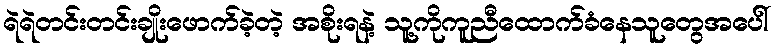
ရဲရဲတင်းတင်းချိုးဖောက်ခဲ့တဲ့ အစိုးရနဲ့ သူ့ကိုကူညီထောက်ခံနေသူတွေအပေါ်